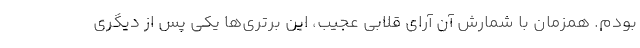
بودم. همزمان با شمارش آن آرای قلابی عجیب، این برتری‌ها یکی پس از دیگری